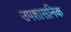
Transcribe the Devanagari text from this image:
उपशासनिक